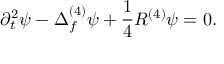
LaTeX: \partial _ { t } ^ { 2 } \psi - \Delta _ { f } ^ { ( 4 ) } \psi + \frac { 1 } { 4 } R ^ { ( 4 ) } \psi = 0 .